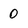
Character: 0